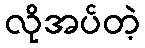
လိုအပ်တဲ့